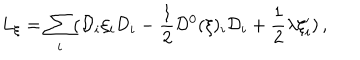
L _ { \xi } = \sum _ { i } ( { \cal D } _ { i } \xi _ { i } { \cal D } _ { i } - \frac { 1 } { 2 } { \cal D } ^ { 0 } ( \xi ) _ { i } { \cal D } _ { i } + \frac { 1 } { 2 } \lambda \xi _ { i } ^ { \prime } ) \, ,